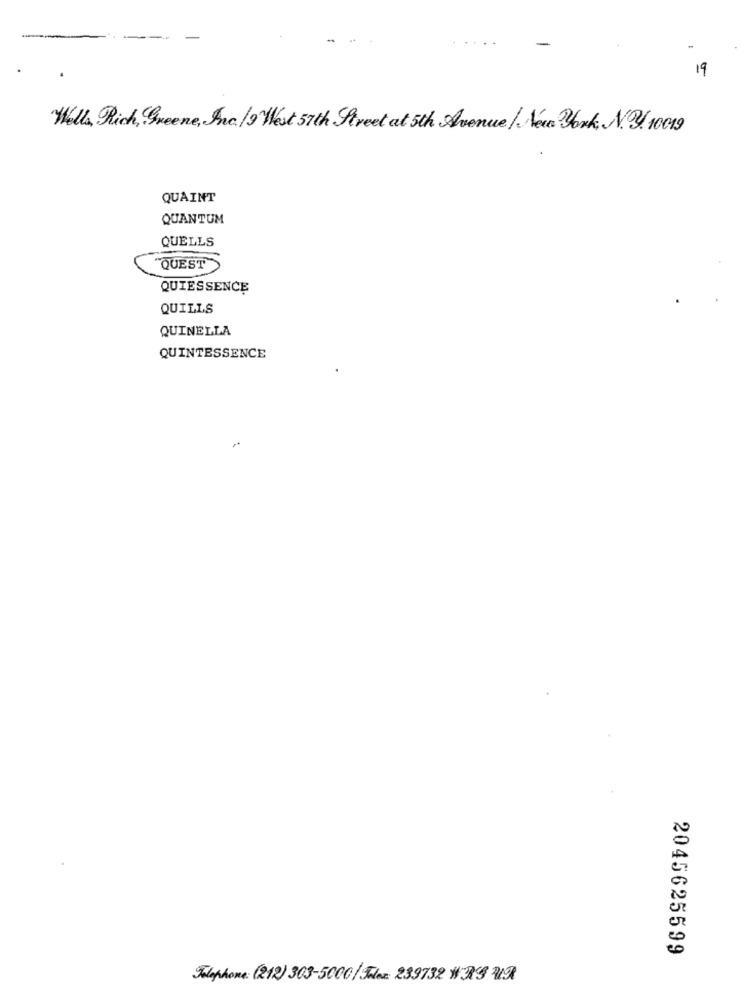
19
Wella Rich, Greene, Inc. /9 West 57th Street at 5th Avenue / New York, N.y. 10019
QUAINT
QUANTUM
QUELLS
QUEST
QUIESSENCE
QUILLS
QUINELLA
QUINTESSENCE
2045625599
Telephone: (212) 303-5000 / ex: 239732 #33 W3